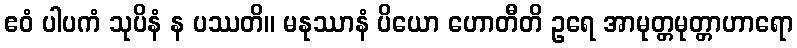
ဧဝံ ပါပကံ သုပိနံ န ပဿတိ။ မနုဿာနံ ပိယော ဟောတီတိ ဥရေ အာမုတ္တမုတ္တာဟာရော